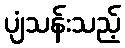
ပျံသန်းသည့်